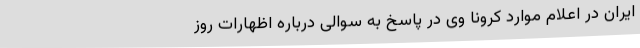
ایران در اعلام موارد کرونا وی در پاسخ به سوالی درباره اظهارات روز